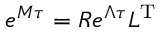
e ^ { M \tau } = R e ^ { \Lambda \tau } L ^ { \mathrm { T } }